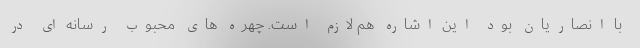
با انصاریان بود این اشاره هم لازم است. چهره های محبوب رسانه ای در